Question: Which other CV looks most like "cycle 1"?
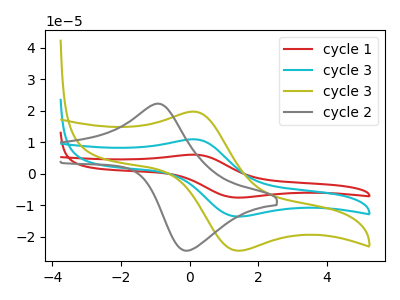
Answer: <think>The red curve "cycle 1" has an anodic peak at (0.15V, 21.95uA) and a cathodic peak at (1.35V, -27.10uA). The cyan curve "cycle 3" has an anodic peak at (0.15V, 11.00uA) and a cathodic peak at (1.35V, -13.55uA). The olive curve "cycle 3" has an anodic peak at (0.15V, 19.75uA) and a cathodic peak at (1.35V, -24.35uA). The gray curve "cycle 2" has an anodic peak at (-0.95V, 22.30uA) and a cathodic peak at (-0.05V, -24.35uA).
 All the peaks in "cycle 1" have a peak in "cycle 3" at the same potential. Every peak in "cycle 1" is higher than every peak in "cycle 3". All the peaks in "cycle 1" have a peak in "cycle 3" at the same potential. Every peak in "cycle 1" is higher than every peak in "cycle 3". "cycle 1" and "cycle 2" have at least one peak that do not match. All the peaks in "cycle 3" have a peak in "cycle 3" at the same potential. Every peak in "cycle 3" is lower than every peak in "cycle 3". "cycle 3" and "cycle 2" have at least one peak that do not match. "cycle 3" and "cycle 2" have at least one peak that do not match.</think>
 <answer>"cycle 1" and "cycle 3" have a similar shape to "cycle 3".</answer>
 <eval>"cycle 1" "cycle 3"</eval>